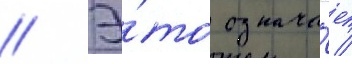
// Э́то означа́ет /